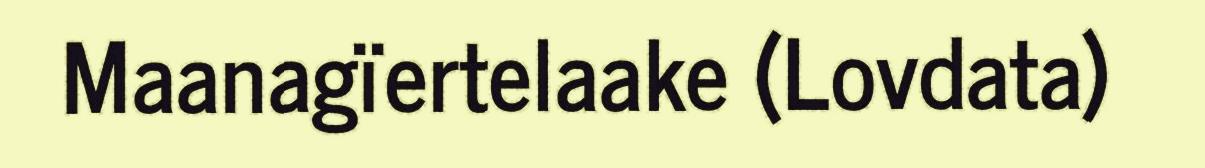
Maanagïertelaake (Lovdata)